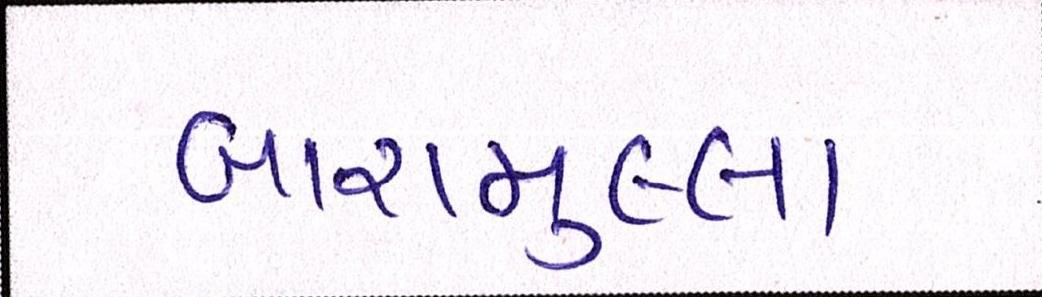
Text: બારામુલ્લા